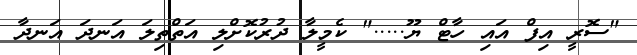
"ސޮރީ އިފް އައި ހާޓް ޔޫ....." ކެމީލާ ދުރުކޮށްލި އަތްތިލަ އަނދަ އަނދާ